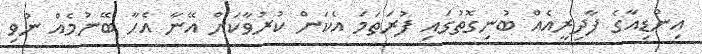
އިންޑިއާގެ ފާދިރީއެއް ބުނިގޮތުގައި ފުރަތަމަ އެކަން ކުރުވާކަށް އޭނާ އެހާ ބޭނުމެއް ނުވި